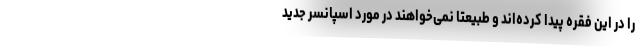
را در این فقره پیدا کرده‌اند و طبیعتا نمی‌خواهند در مورد اسپانسر جدید